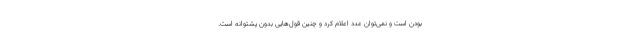
بودن است و نمی‌توان عدد اعلام کرد و چنین قول‌هایی بدون پشتوانه است.